Lunatic asylums United Provinces 1899-1908 - 1899-1908
Year: 1899
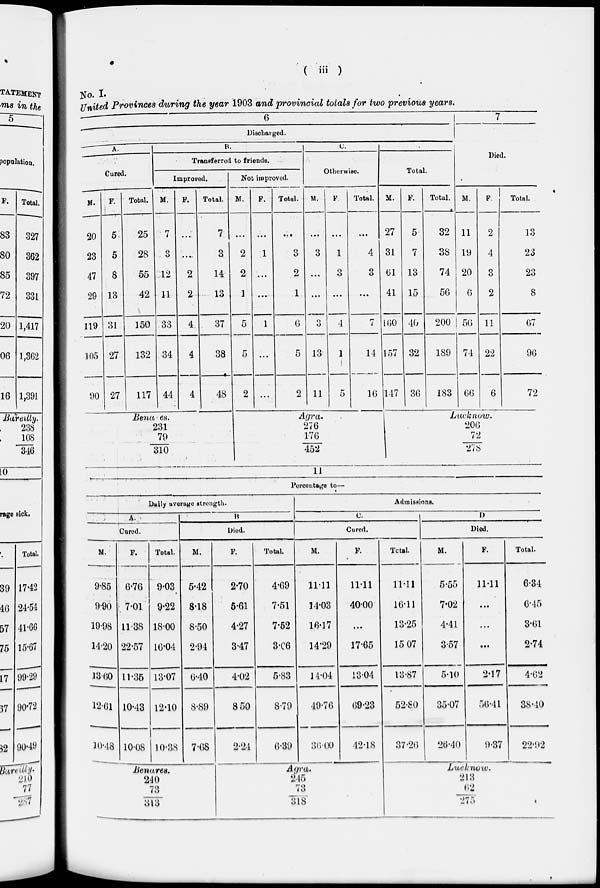
( iii )
No. I.
United Provinces during the year 1903 and provincial totals for two previous years.
6
Discharged.
A.
Cured.
M.
20
23
47
29
119
105
90
F.
5
5
8
13
31
27
27
Total.
25
28
55
42
150
132
117
B.
Transferred to friends.
Improved.
M.
7
3
12
11
33
34
44
F.
...
...
2
2
4
4
4
Total.
7
3
14
13
37
38
48
Not improved.
M.
...
2
2
1
5
5
2
F.
...
1
...
...
1
...
...
Total.
...
3
2
1
6
5
2
C.
Otherwise.
M.
...
3
...
...
3
13
11
F.
...
1
3
...
4
1
5
Total.
...
4
3
...
7
14
16
Total.
M.
27
31
61
41
160
157
147
F.
5
7
13
15
40
32
36
Total.
32
38
74
56
200
189
183
7
Died.
M.
11
19
20
6
56
74
66
F.
2
4
3
2
11
22
6
Total.
13
23
23
8
67
96
72
Benares.
231
79
310
Agra.
276
176
452
Lucknow.
206
72
278
11
Percentage to —
Daily average strength.
A.
Cured.
M.
9.85
9.90
19.98
14.20
13.60
12.61
10.48
F.
6.76
7.01
11.38
22.57
11.35
10.43
10.08
Total.
9.03
9.22
18.00
16.04
13.07
12.10
10.38
B.
Died.
M.
5.42
8.18
8.50
2.94
6.40
8.89
7.68
F.
2.70
5.61
4.27
3.47
4.02
8.50
2.24
Total.
4.69
7.51
7.52
3.06
5.83
8.79
6.39
Admissions.
C.
Cured.
M.
11.11
14.03
16.17
14.29
14.04
49.76
36.00
F.
11.11
40.00
...
17.65
13.04
69.23
42.18
Total.
11.11
16.11
13.25
15.07
13.87
52.80
37.26
D.
Died.
M.
5.55
7.02
4.41
3.57
5.10
35.07
26.40
F.
11.11
...
...
...
2.17
56.41
9.37
Total.
6.34
6.45
3.61
2.74
4.62
38.40
22.92
Benares.
240
73
313
Agra.
245
73
318
Lucknow.
213
62
275